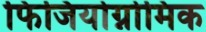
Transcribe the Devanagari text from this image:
फिजियोग्नोमिक